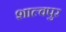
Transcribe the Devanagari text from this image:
शाल्वपुर